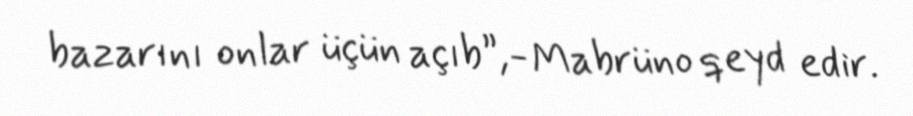
bazarını onlar üçün açıb”,- Mabrüno qeyd edir.